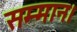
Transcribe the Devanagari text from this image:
सम्‍मान।